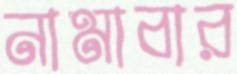
নামাবার